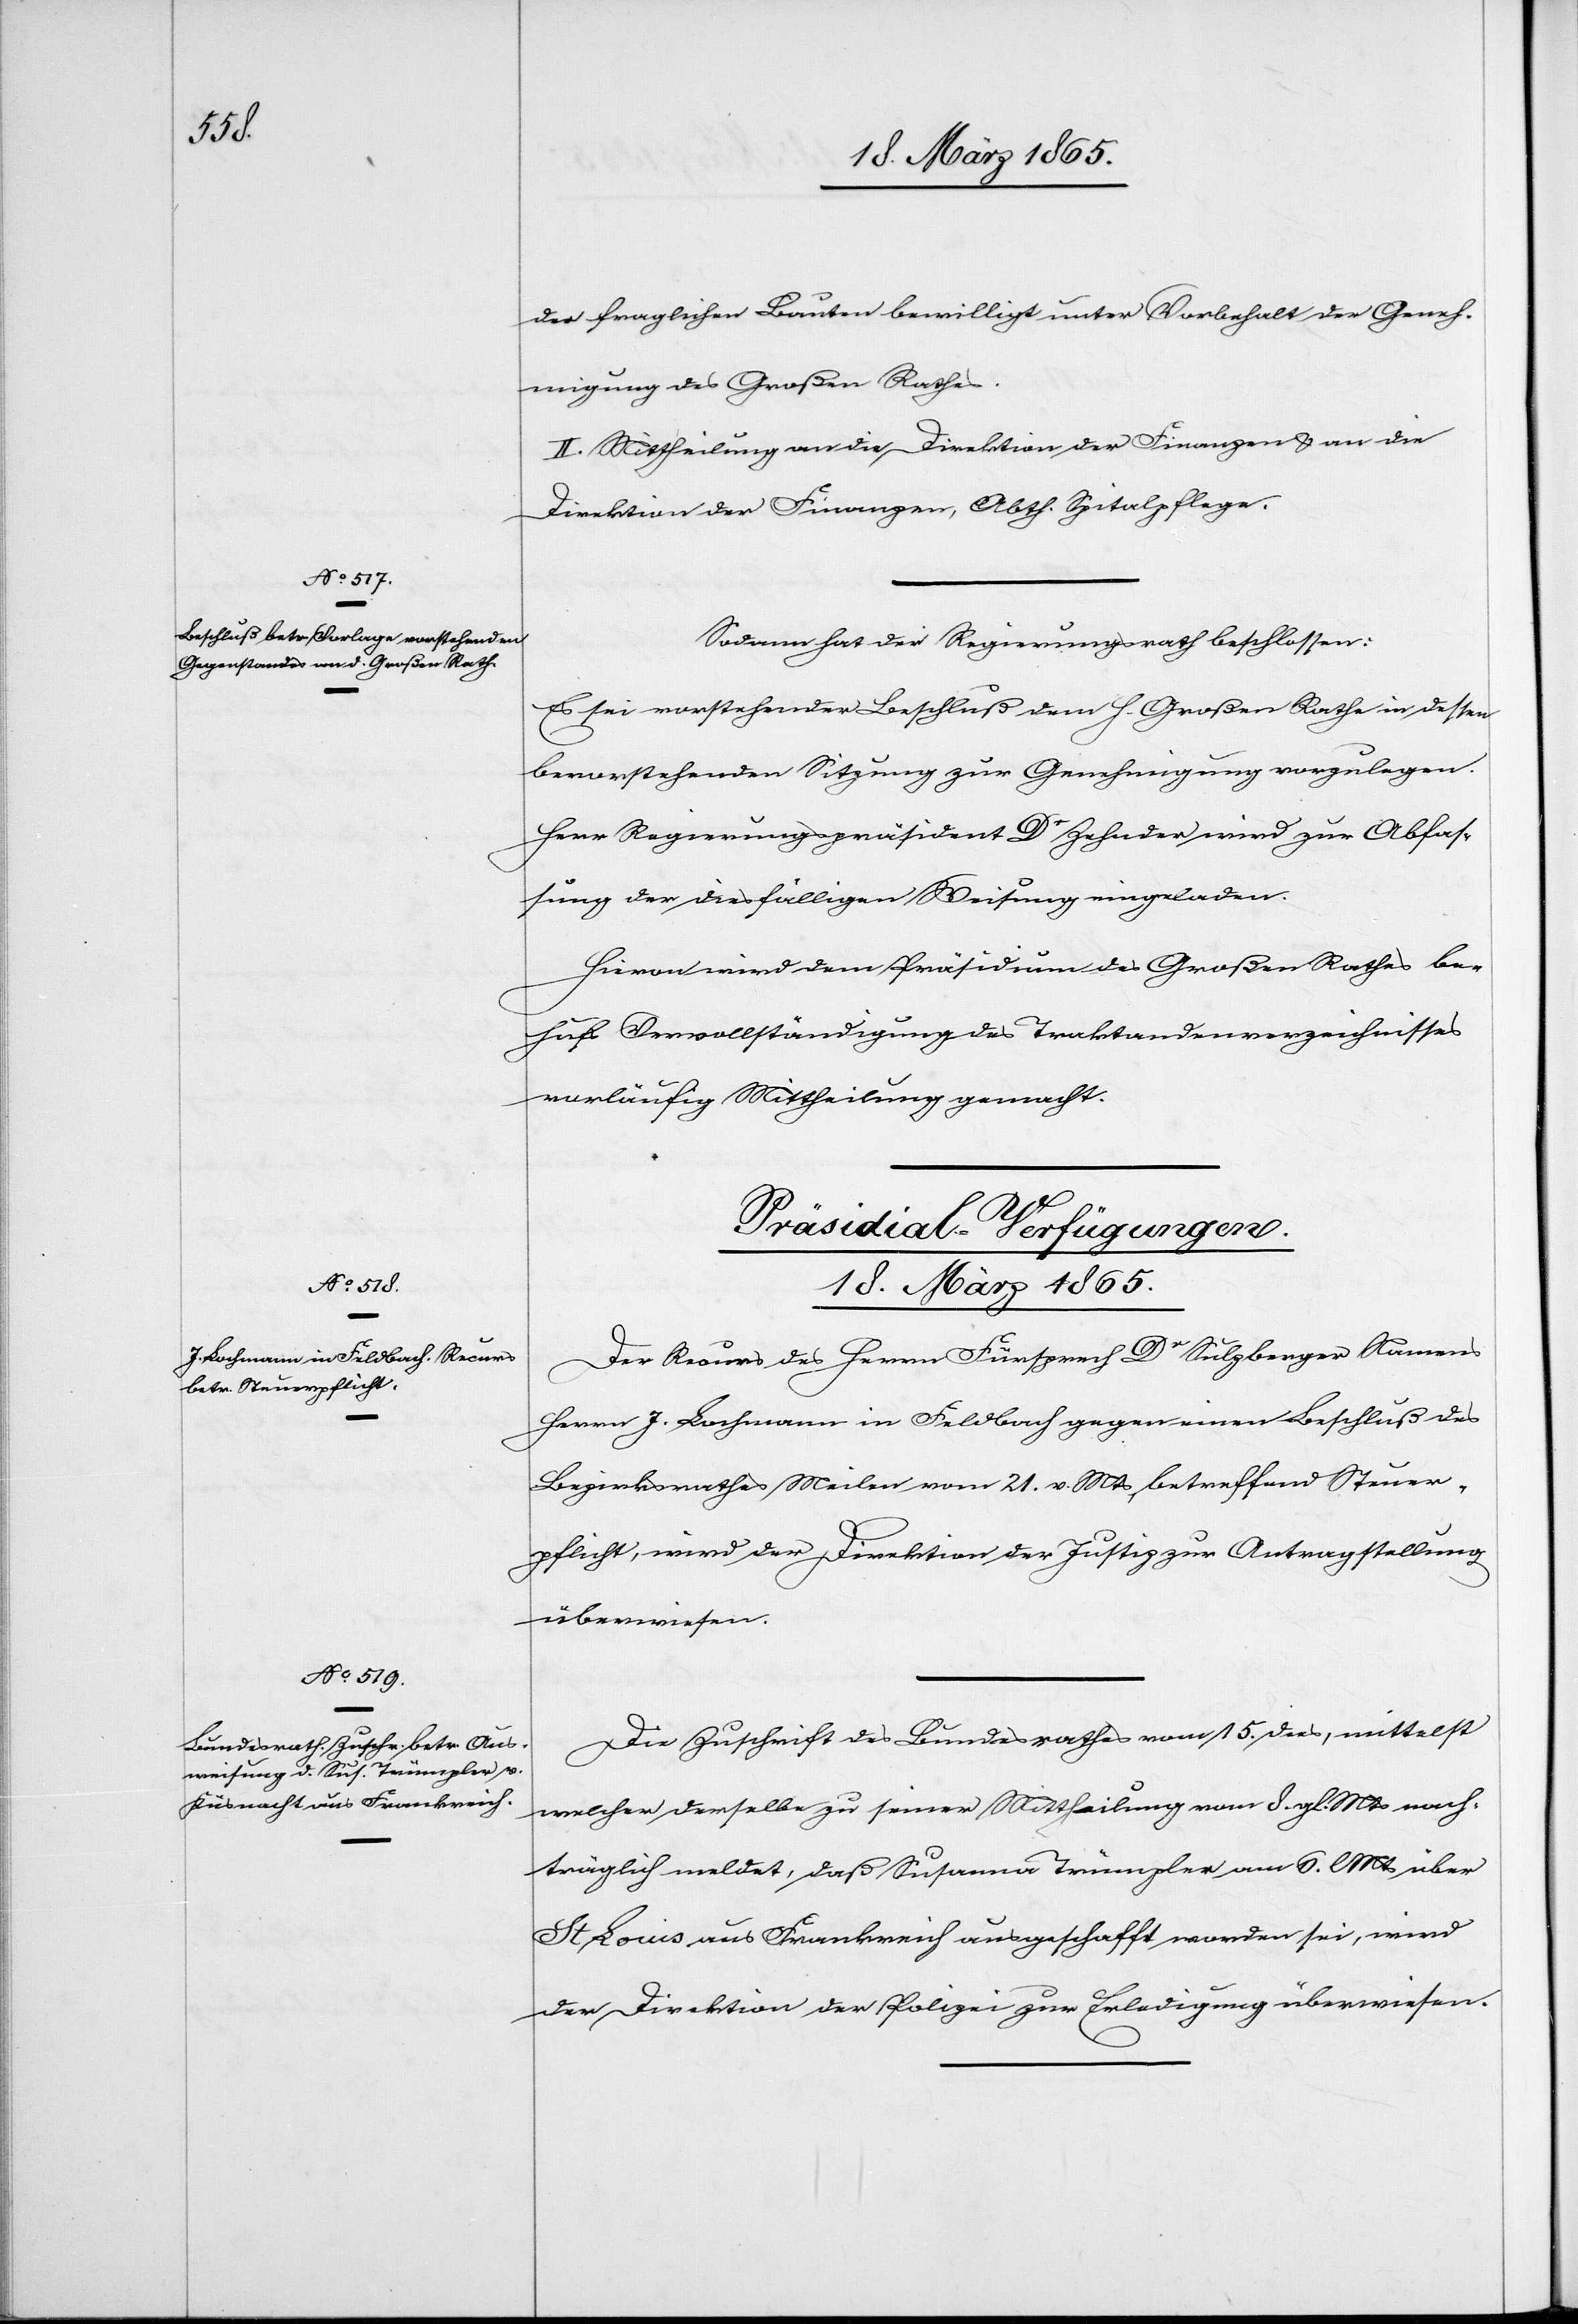
18. März 1865]
der fraglichen Bauten bewilligt unter Vorbehalt der Geneh¬
migung des Großen Rathes.
II. Mittheilung an die Direktion der Finanzen & an die
Direktion der Finanzen, Abth. Spitalpflege.
Sodann hat der Regierungsrath beschlossen:
Es sei vorstehender Beschluß dem h. Großen Rathe in dessen
bevorstehenden Sitzung zur Genehmigung vorzulegen.
Herr Regierungspräsident Dr Zehnder wird zur Abfas¬
sung der diesfälligen Weisung eingeladen.
Hievon wird dem Präsidium des Großen Rathes be¬
hufs Vervollständigung des Traktandenverzeichnisses
vorläufig Mittheilung gemacht.
[Präsidial-Verfügungen.
18. März 1865
Der Recurs des Herrn Fürsprech Dr Sulzberger Namens
Herrn J. Lochmann in Feldbach gegen einen Beschluß des
Bezirksrathes Meilen vom 21. v. Mts, betreffend Steuer¬
pflicht, wird der Direktion der Justiz zur Antragstellung
überwiesen.
Die Zuschrift des Bundesrathes vom 15. dies, mittelst
welcher derselbe zu seiner Mittheilung vom 8. gl. Mts nach¬
träglich meldet, daß Susanna Trümpler am 6. l Mts über
St Louis aus Frankreich ausgeschafft worden sei, wird
der Direktion der Polizei zur Erledigung überwiesen.